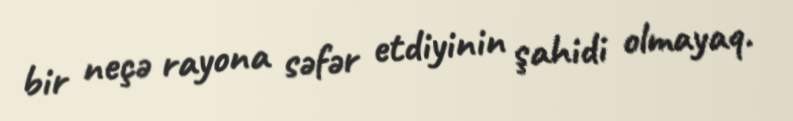
bir neçə rayona səfər etdiyinin şahidi olmayaq.